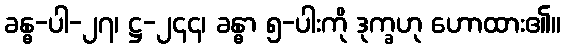
ခန္ဓ-ပါ-၂၇၊ ဋ္ဌ-၂၄၄၊ ခန္ဓာ ၅-ပါးကို ဒုက္ခဟု ဟောထား၏။